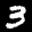
Label: 3